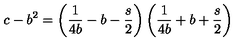
c - b ^ { 2 } = \left( { \frac { 1 } { 4 b } } - b - \frac { s } { 2 } \right) \left( { \frac { 1 } { 4 b } } + b + \frac { s } { 2 } \right)